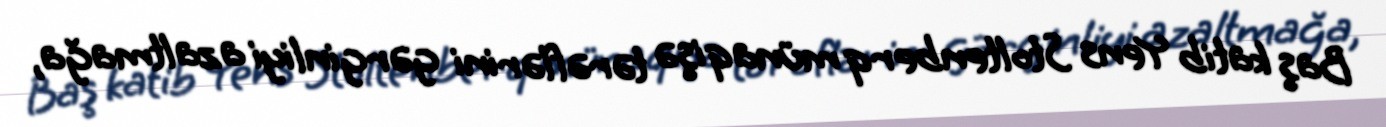
Baş katib Yens Stoltenberq münaqişə tərəflərini gərginliyi azaltmağa,